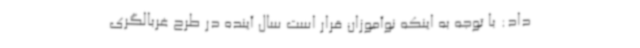
داد: با توجه به اینکه نوآموزان قرار است سال آینده در طرح غربالگری